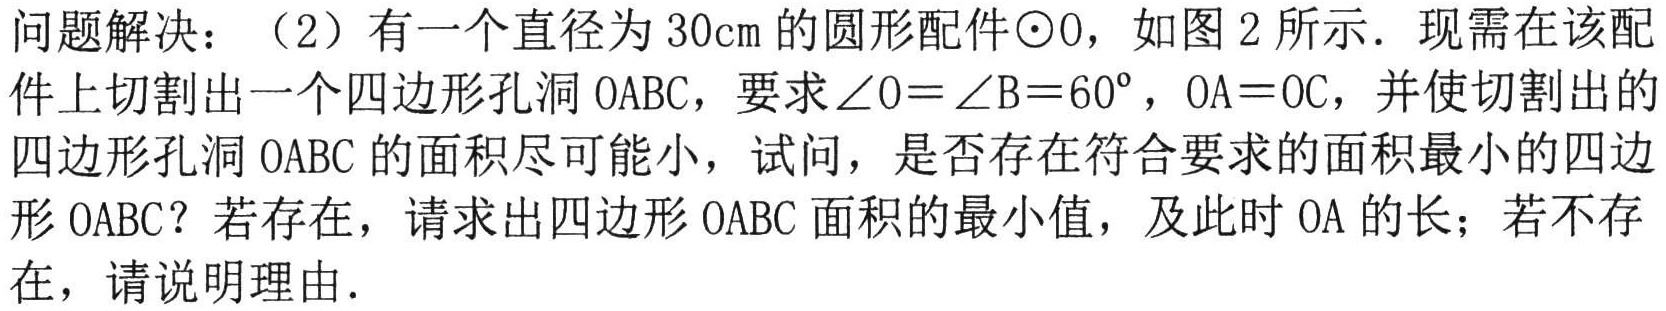
问题解决：（2）有一个直径为 \(30\text{cm}\) 的圆形配件\(\odot O\)，如图 2 所示．现需在该配件上切割出一个四边形孔洞 \(OABC\)，要求\(\angle O = \angle B=60^{\circ}\)，\(OA = OC\)，并使切割出的四边形孔洞 \(OABC\) 的面积尽可能小，试问，是否存在符合要求的面积最小的四边形 \(OABC\)？若存在，请求出四边形 \(OABC\) 面积的最小值，及此时 \(OA\) 的长；若不存在，请说明理由．